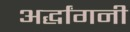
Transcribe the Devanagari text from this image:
अर्द्धांगनी